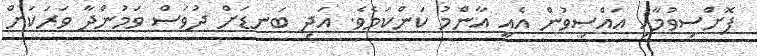
ފޮށްސިވުމާއި އައްސިވުން އެއީ އާންމު ކަންކަމެވެ. އަދި ބަނޑަށް ދުވަސް ވަމުންދާ ވަރަކަށް